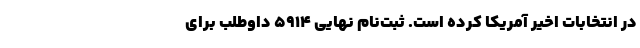
در انتخابات اخیر آمریکا کرده است. ثبت‌نام نهایی ۵۹۱۴ داوطلب برای